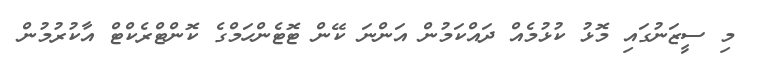
މި ސީޒަނުގައި މޮޅު ކުޅުމެއް ދައްކަމުން އަންނަ ކޭން ޓޮޓެންހަމްގެ ކޮންޓްރެކްޓް އާކުރުމުން